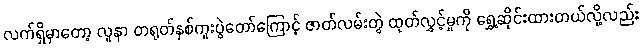
လက်ရှိမှာတော့ လူနာ တရုတ်နှစ်ကူးပွဲတော်ကြောင့် ဇာတ်လမ်းတွဲ ထုတ်လွှင့်မှုကို ရွှေ့ဆိုင်းထားတယ်လို့လည်း